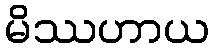
မိဿဟာယ